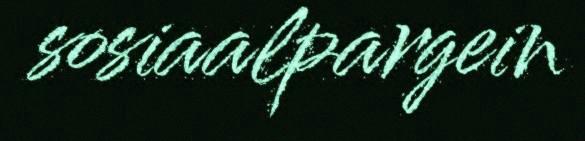
sosiaalpargein